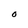
Character: O